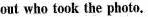
out who took the photo.